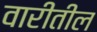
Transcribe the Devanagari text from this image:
वारीतील